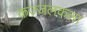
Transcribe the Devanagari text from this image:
कज्जलकला